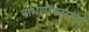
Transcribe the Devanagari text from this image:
बांधणीकारांना